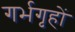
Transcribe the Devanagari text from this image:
गर्भगृहों